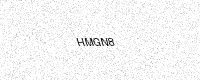
Text: HMGN8